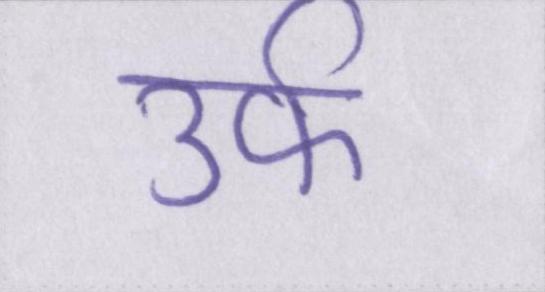
उर्फ